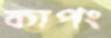
কাপং